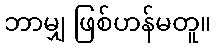
ဘာမျှ ဖြစ်ဟန်မတူ။